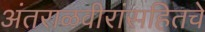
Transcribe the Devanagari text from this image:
अंतराळवीरांसहितचे